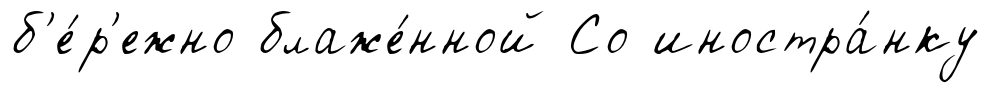
б'е́р'ежно блаже́нной Со иностра́нку